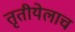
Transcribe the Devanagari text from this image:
तृतीयेलाच